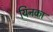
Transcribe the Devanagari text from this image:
यिनका